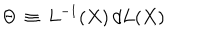
\Theta \, \equiv \, L ^ { - 1 } ( X ) \, d L ( X )